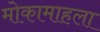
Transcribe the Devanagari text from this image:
मोकामाहला